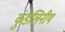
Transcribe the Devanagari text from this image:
कुंडलिनीय